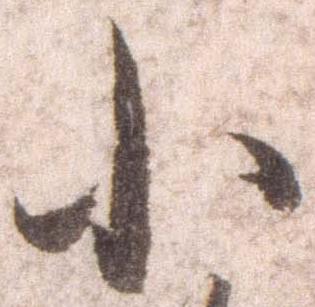
小